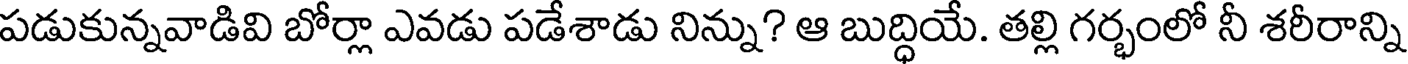
పడుకున్నవాడివి బోర్లా ఎవడు పడేశాడు నిన్ను? ఆ బుద్ధియే. తల్లి గర్భంలో నీ శరీరాన్ని